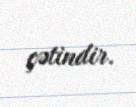
çətindir.